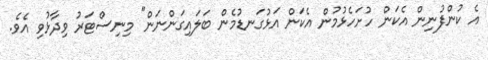
އެ ކުންފުނިން އެކަން ހުށަހެޅުމުން އެކަން އަޅުގަނޑުމެން ބަލައިގަންނަން" މިނިސްޓަރު ވިދާޅުވި އެވެ.